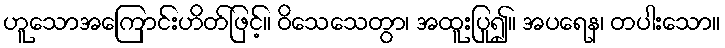
ဟူသောအကြောင်းဟိတ်ဖြင့်။ ဝိသေသေတွာ၊ အထူးပြု၍။ အပရေန၊ တပါးသော။